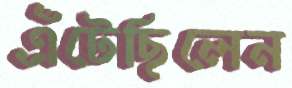
এঁটেছিলেন